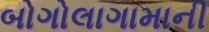
બોગોલાગામાની